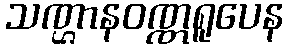
သဏ္ဌာနဝဏ္ဏရူပေန